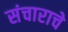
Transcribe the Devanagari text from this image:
संचाराचे